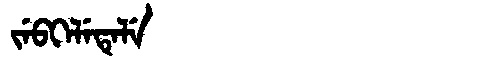
Manchu: ᠵᡝᠪᡴᡝᠯᡝᡨᡝᠯᡝ
Romanization: JEBKELETELE